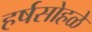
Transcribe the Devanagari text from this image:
हर्षसोहळे